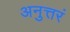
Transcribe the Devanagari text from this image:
अनुत्तरं